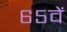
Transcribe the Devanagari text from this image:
६५वें